Investigations on Bengal jail dietaries - Number 37
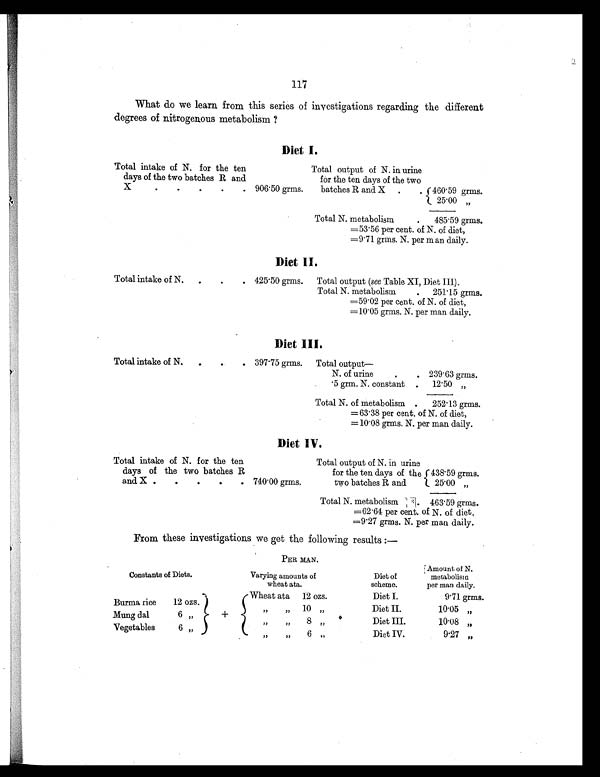
117
What do we learn from this series of investigations regarding the different
degrees of nitrogenous metabolism ?
Diet I.
Total intake of N. for the ten
days of the two batches R and
X
. . . . . 9 0 6 . 5 0 g r m s .
Total output of N. in urine
for the ten days of the two
batches R and X .
.460.59grms
.
25.00 „
Total N. metabolism . 4 8 5 . 5 9 g r m s .
=53.56 per cent. of N. of diet,
=9.71 grms. N. per man daily.
D i e t I I .
Total intake of N.
. . . 4 2 5 . 5 0 g r m s . Total output (see Table XI, Diet III).
Total N. metabolism . 251.15 grms.
=59.02 per cent. of N. of diet,
=10.05 grms. N. per man daily.
D i e t I I I .
Total intake of N.
.
. . 3 9 7 . 7 5 g r m s .
Total output—
N. of urine . . 239.63 grms.
5 grm. N. constant . 12.50 „
Total N. of metabolism . 252.13 grms.
=63.38 per cent. of N. of diet,
=10.08 grms. N. per man daily.
D i e t I V .
Total intake of N. for the ten
days of the two batches R
and X . . . . . 7 4 0 . 0 0 g r m s .
Total output of N. in urine
f o r t h e t e n d a y s o f t h e 4 3 8 . 5 9 g r m s .
two batches R and 25.00 „
Total N. metabolism 463.59 grms.
=62.64 per cent. of N. of diet,
=9.27 grms. N. per man daily.
From these investigations we get the following results:—
P E R M A N .
Constants of Diets.
Varying amounts of
wheat ata.
Diet of
scheme.
Amount of N
. metabolis
m p e r m a n d a i l y .
+
Wheat ata 12ozs.
Diet I.
9.71 grms.
Burma rice
12 ozs.
,,
,, 10
Diet II.
10.05 „
Mung dal
6„
,,
8 ,,
Diet III.
10.08 „
Vegetables
6 „
,,
,,
6 „
Diet IV.
9.27 „